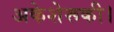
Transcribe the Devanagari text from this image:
अकेशेरूकी।